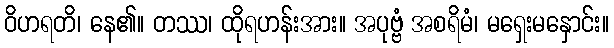
ဝိဟရတိ၊ နေ၏။ တဿ၊ ထိုရဟန်းအား။ အပုဗ္ဗံ အစရိမံ၊ မရှေးမနှောင်း။